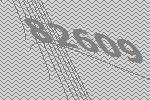
82609